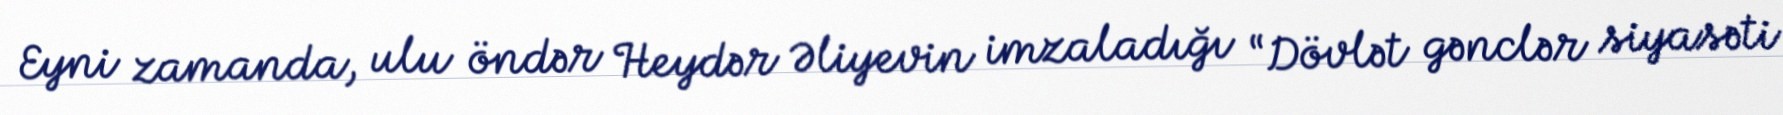
Eyni zamanda, ulu öndər Heydər Əliyevin imzaladığı “Dövlət gənclər siyasəti